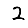
Digit: 2